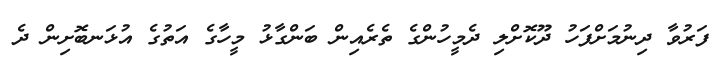
ފަރުވާ ދިނުމަށްފަހު ދޫކޮށްލި ދެމީހުންގެ ތެރެއިން ބަންގާޅު މީހާގެ އަތުގެ އުޅަނބޮށިން ދެ